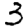
Digit: 3